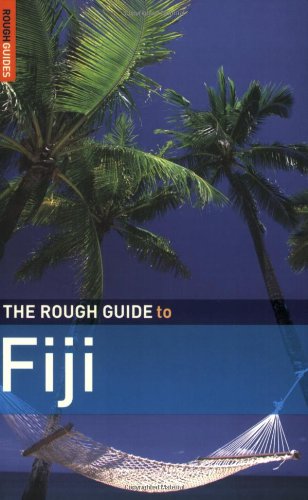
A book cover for The Rough Guide to Fiji 1 (Rough Guide Travel Guides); Ian Osborn; Travel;